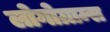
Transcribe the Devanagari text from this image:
लोगोग्राम्स